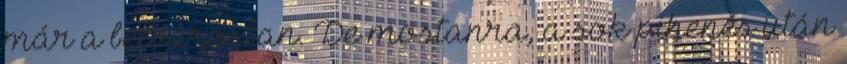
már a belvárosban. De mostanra, a sok pihenés után